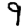
Digit: 9